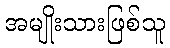
အမျိုးသားဖြစ်သူ